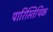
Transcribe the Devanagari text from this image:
पारिस्तिथिक